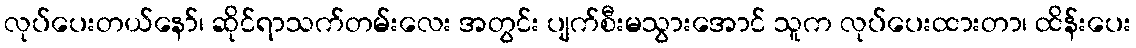
လုပ်ပေးတယ်နော်၊ ဆိုင်ရာသက်တမ်းလေး အတွင်း ပျက်စီးမသွားအောင် သူက လုပ်ပေးထားတာ၊ ထိန်းပေး